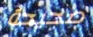
صحيحة